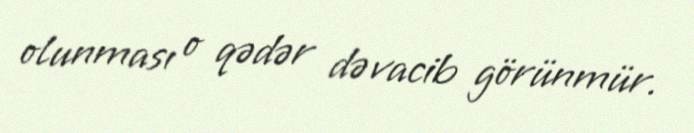
olunması o qədər də vacib görünmür.